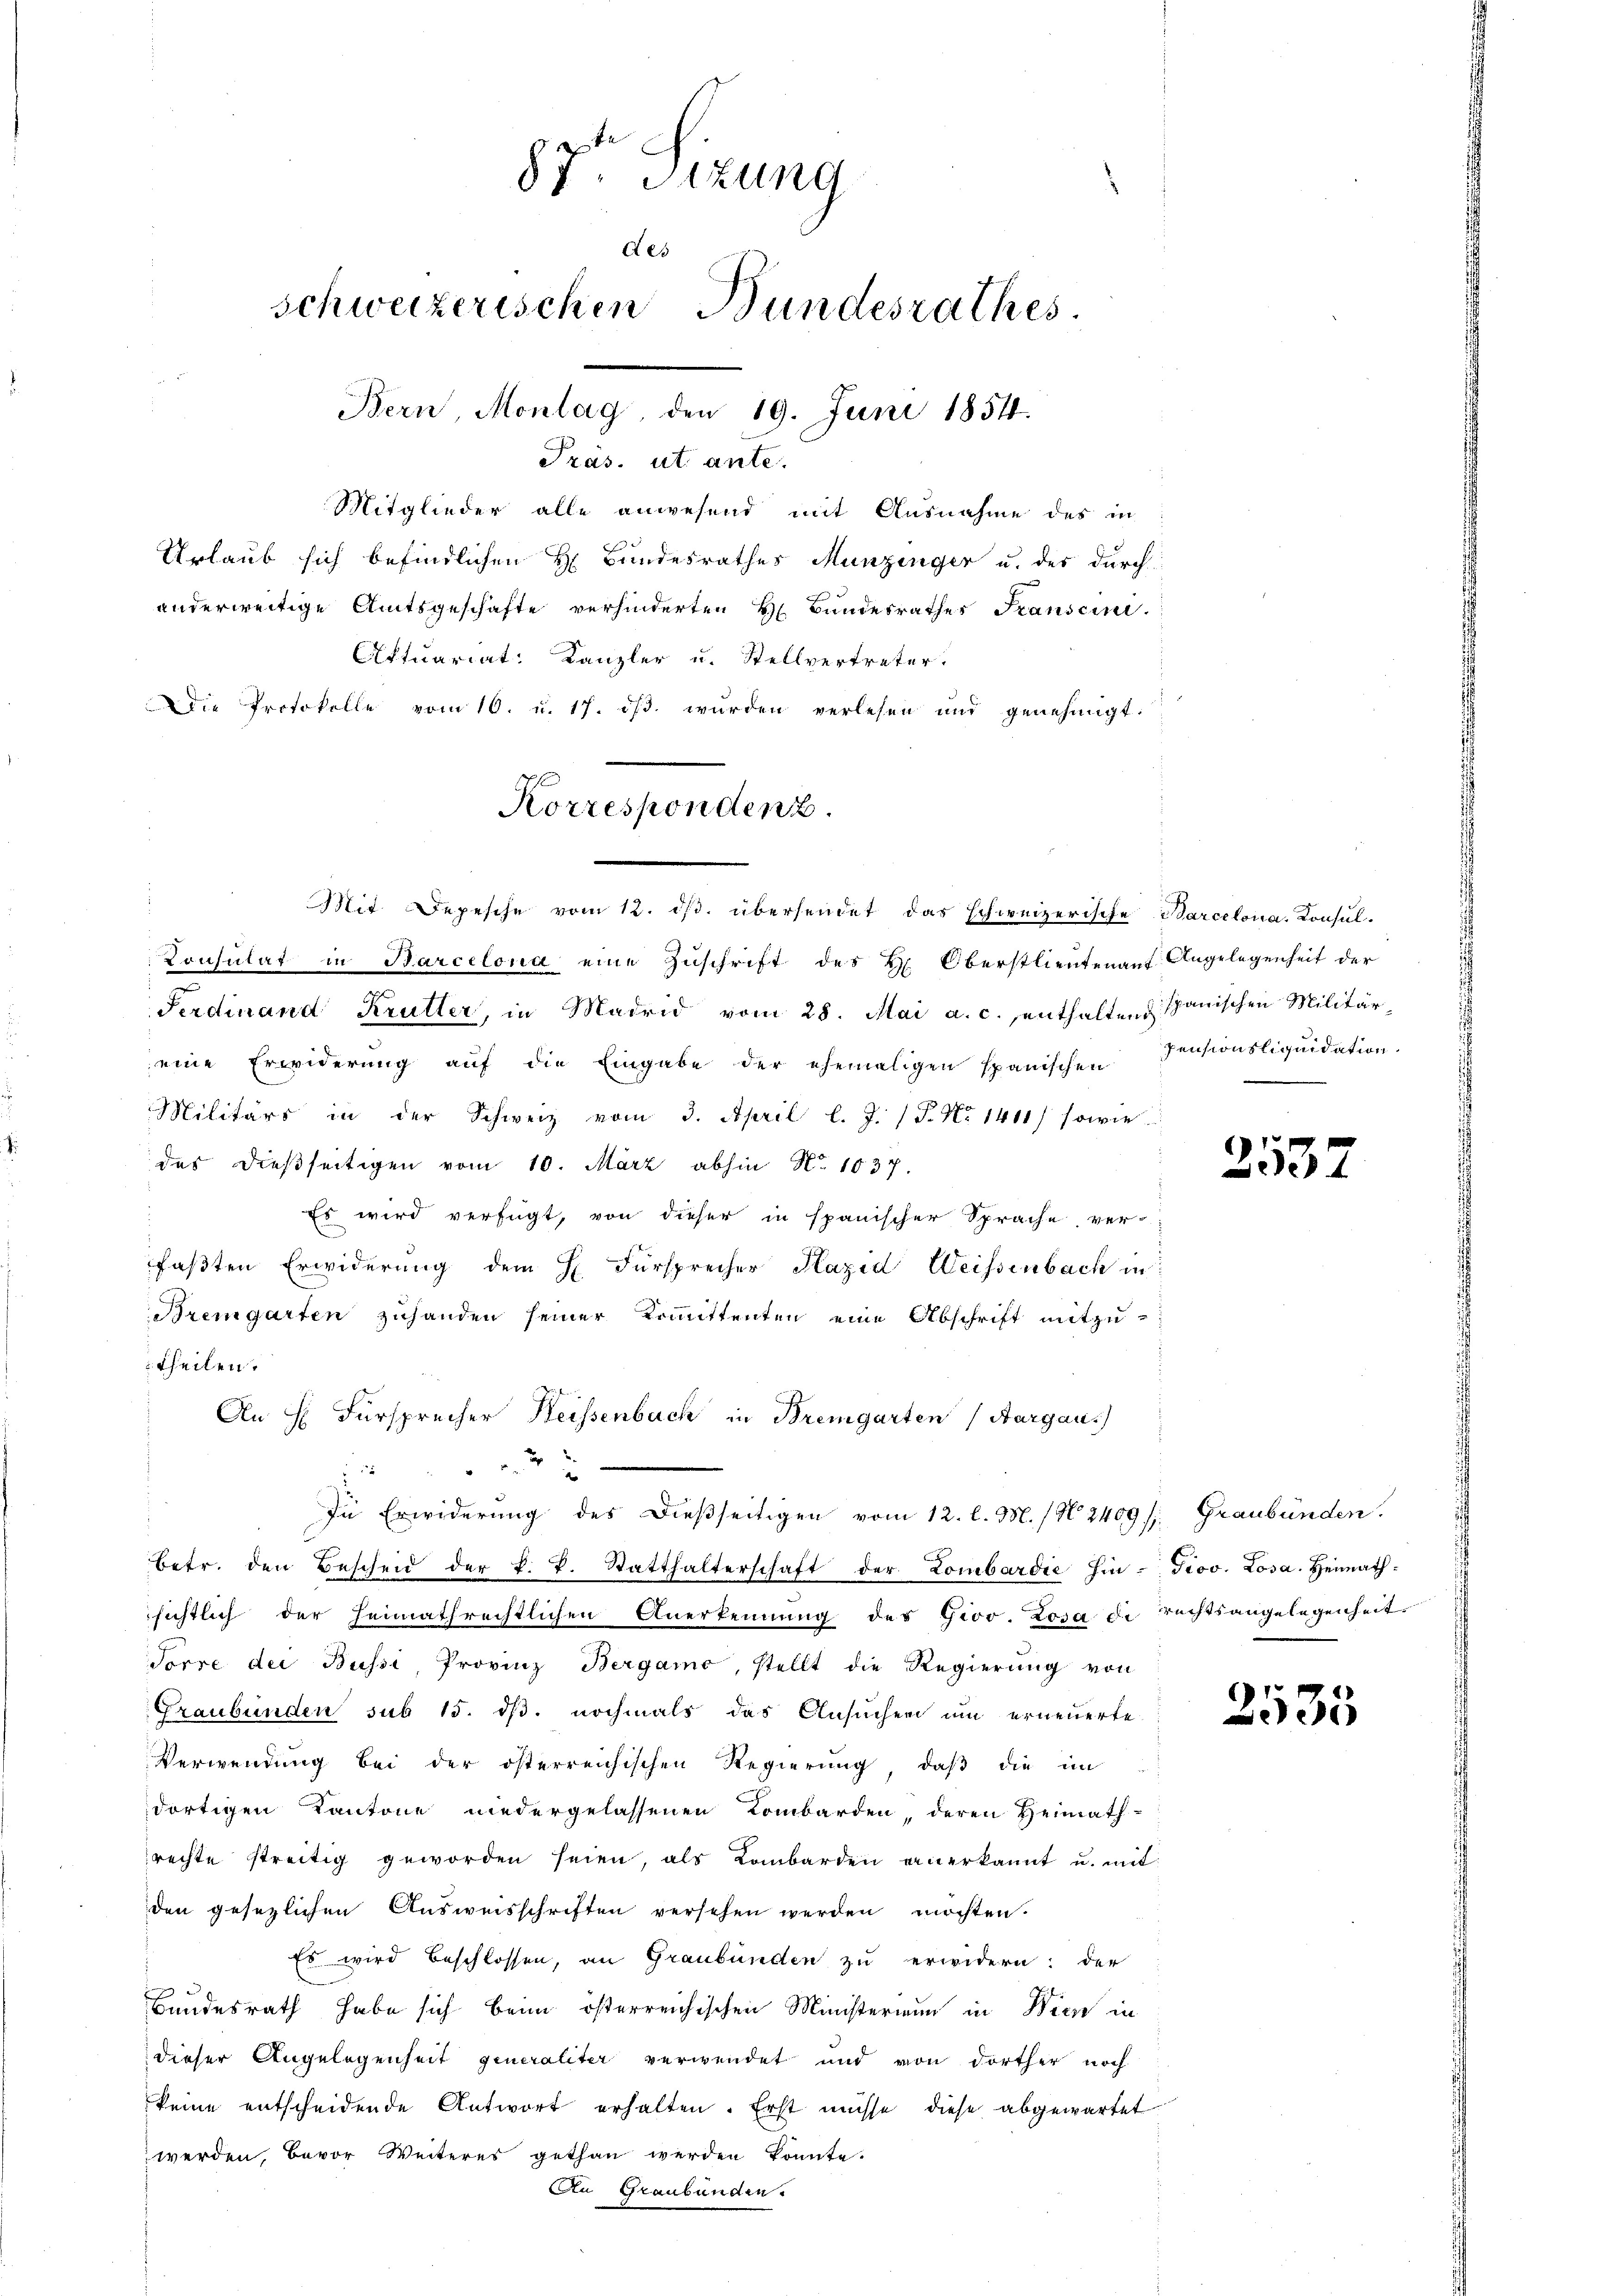
87t Sizung
des
Schweizerischen Bundesrathes
Bern Montag den 19. Juni 1854.
Präs. ut. ante.

Mitglieder alle anwesend mit Ausnahme des in
Urlaub sich befindlichen H. Bundesrathes Munzinger u. des durch
anderweitige Amtsgeschäfte verhinderten H. Bundesrathes Franscin.
Actuariat: Kanzler u. Stellvertreter.
Ddie Protokolle vom 10. u. 17. ds. wurden verlesen und genehmigt.
Mit Depesche vom 12. ds. übersendet das schweizerische Barcelona. Konsul¬
Konsulat in Barcelona eine Zuschrift des H. Oberstlieutenauf Angelegenheit der
Ferdinand Krütter, in Madrid vom 28. Mai a. c., enthalten Spanischen Militär-
eine Erwiderung auf die Eingabe der ehemaligen spanischen
Militärs in der Schweiz vom 3. April l. J. (T. No 1411) sowie
des dießseitigen vom 10. März abhin No 1037.
Es wird verfügt, von dieser in spanischer Sprache ver-
faβten Erwiderŭng dem H. Fürsprecher Plazid Weissenbach in
Bremgarten zuhanden seiner Kommittenten eine Abschrift mitzu-
theilen.
An H. Fürsprecher Heissenbach in Bremgarten (Aargau)
22
In Erwiderung des dießseitigen vom 12. l. M. / N. 2409 f. Graubünden.
betr. den Bescheid der k. k. Statthalterschaft der Lombardie hin - Prov. Losa. Heimath-
sichtlich der Heimathrechtlichen Anerkennung des Grov. Rosa de rechtsangelegenheit
Torre der Büssi, Provinz Bergamo, stellt die Regierŭng von
Graubünden sub 15. dß. nochmals das Ansuchen um erneuerte
Verwendung bei der österreichischen Regierung, daβ die im
dortigen Kantone niedergelassenen Lombarden, deren Heimath-
rechte streitig geworden seien, als Lombarden einerkannt u. mit
den gesezlichen Ausweisschriften versehen werden möchten.
Es wird beschlossen, an Graubünden zu erwidern: der
Bundesrath habe sich beim österreichischen Ministerium in Wien in
dieser Angelegenheit generaliter verwendet und von dorther noch
keine entscheidende Antwort erhalten. Erst müsse diese abgewartet
werden, bevor Weiteres gethan werden könnte.
An Graubünden.

Korrespondenz.

.

Pensionsliquidation.

s

2537

2535